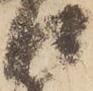
口